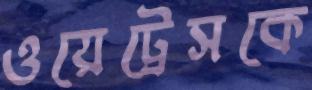
ওয়েট্রেসকে